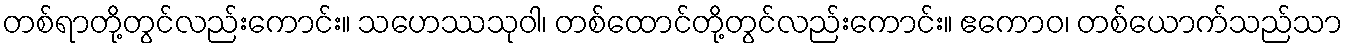
တစ်ရာတို့တွင်လည်းကောင်း။ သဟေဿသုဝါ၊ တစ်ထောင်တို့တွင်လည်းကောင်း။ ဧကောဝ၊ တစ်ယောက်သည်သာ